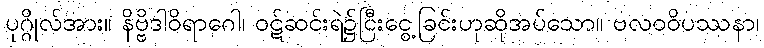
ပုဂ္ဂိုလ်အား။ နိဗ္ဗိဒါဝိရာဂေါ၊ ဝဋ်ဆင်းရဲ၌ငြီးငွေ့ခြင်းဟုဆိုအပ်သော။ ဗလဝဝိပဿနာ၊